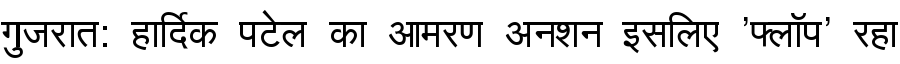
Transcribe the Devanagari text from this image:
गुजरात: हार्दिक पटेल का आमरण अनशन इसलिए 'फ्लॉप' रहा